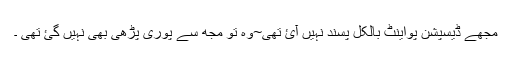
مجھے ڈیسپشن پواینٹ بالکل پسند نہیں آئ تھی~وہ تو مجھ سے پوری پڑھی بھی نہیں گئ تھی ۔